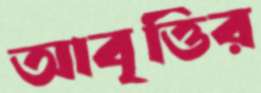
আবৃত্তির